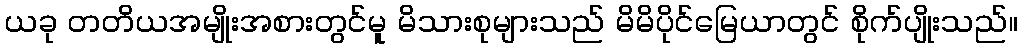
ယခု တတိယအမျိုးအစားတွင်မူ မိသားစုများသည် မိမိပိုင်မြေယာတွင် စိုက်ပျိုးသည်။